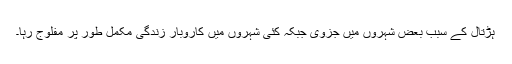
ہڑتال کے سبب بعض شہروں میں جزوی جبکہ کئی شہروں میں کاروبار ِزندگی مکمل طور پر مفلوج رہا۔